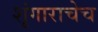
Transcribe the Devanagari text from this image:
शृंगाराचेच